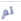
تم